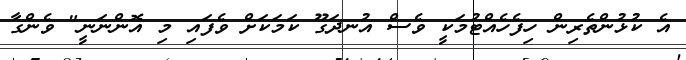
އެ ކުޅުންތެރިން ހިފެހެއްޓުމަކީ ވެސް އުނދަގޫ ކަމަކަށް ވެފައި މި އޮންނަނީ" ވެންގާ